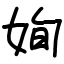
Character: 姰